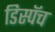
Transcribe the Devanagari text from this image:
डिस्पॅच